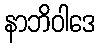
နာဘိဝါဒေ